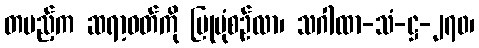
တပည့်က ဆရာ့ဝတ်ကို ပြုပုံစဉ်လာ၊ သဂါထာ-သံ-ဋ္ဌ-၂၇၀၊